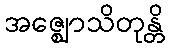
အဇ္ဈောသိတုန္တိ